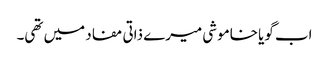
اب گویا خاموشی میرے ذاتی مفاد میں تھی۔